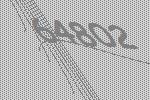
64802